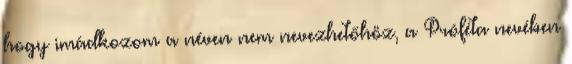
hogy imádkozom a néven nem nevezhetőhöz, a Próféta nevében